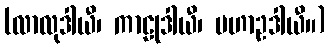
(လာလုဒါယီ၊ ကာဠုဒါယီ၊ မဟာဥဒါယီ။)